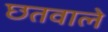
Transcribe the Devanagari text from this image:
छतवाले